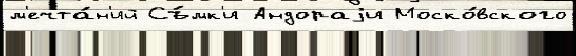
м'ечта́н'ий Съ́мк'и Андораjи Моско́вского